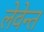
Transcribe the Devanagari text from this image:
लेवेन्त